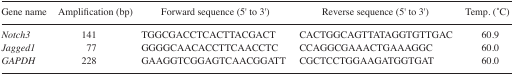
<table><thead><tr><td><b>Gene name</b></td><td><b>Amplification (bp)</b></td><td><b>Forward sequence (5′ to 3′)</b></td><td><b>Reverse sequence (5′ to 3′)</b></td><td><b>Temp. (°C)</b></td></tr></thead><tbody><tr><td><i>Notch3</i></td><td>141</td><td>TGGCGACCTCACTTACGACT</td><td>CACTGGCAGTTATAGGTGTTGAC</td><td>60.9</td></tr><tr><td><i>Jagged1</i></td><td>77</td><td>GGGGCAACACCTTCAACCTC</td><td>CCAGGCGAAACTGAAAGGC</td><td>60.0</td></tr><tr><td><i>GAPDH</i></td><td>228</td><td>GAAGGTCGGAGTCAACGGATT</td><td>CGCTCCTGGAAGATGGTGAT</td><td>60.0</td></tr></tbody></table>